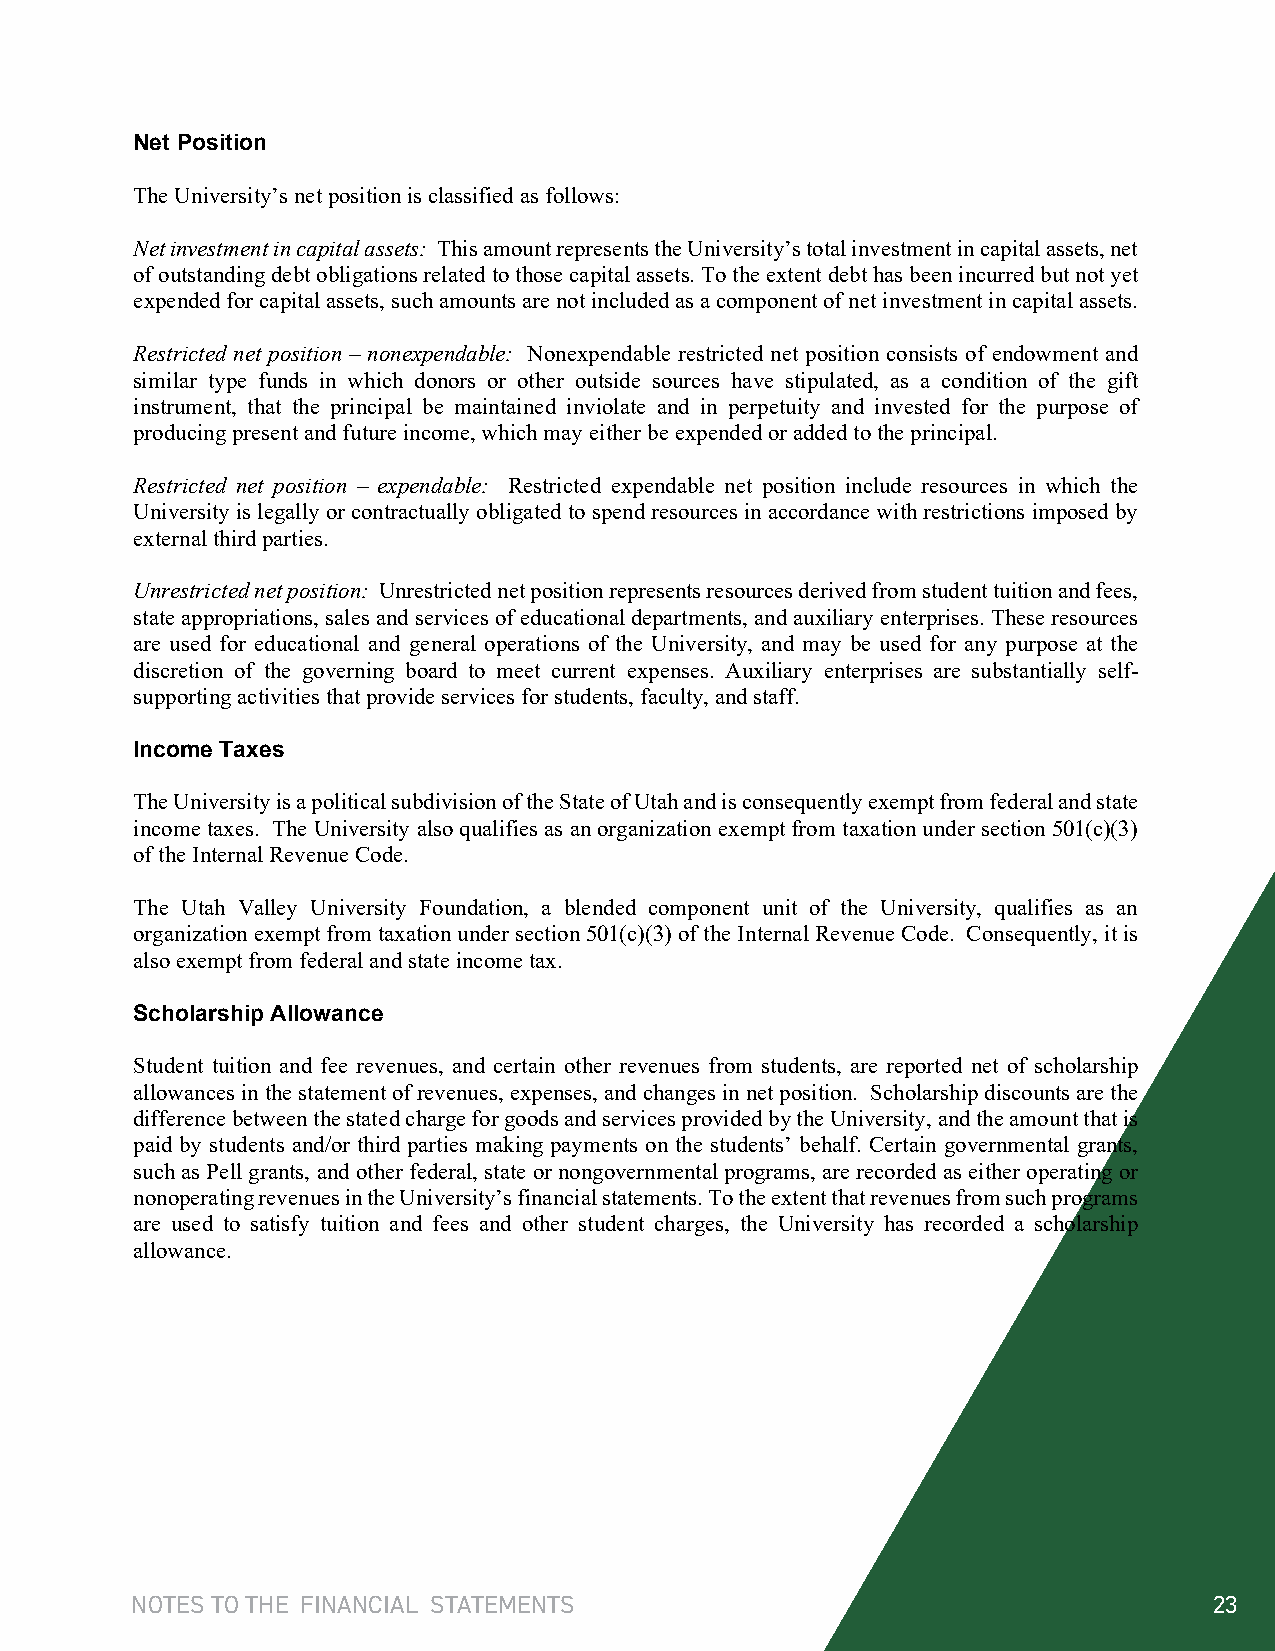
Net Position
 The University’s net position is classified as follows:
 Net investment in capital assets: This amount represents the University’s total investment in capital assets, net
 of outstanding debt obligations related to those capital assets. To the extent debt has been incurred but not yet
 expended for capital assets, such amounts are not included as a component of net investment in capital assets.
 Restricted net position – nonexpendable: Nonexpendable restricted net position consists of endowment and
 similar type funds in which donors or other outside sources have stipulated, as a condition of the gift
 instrument, that the principal be maintained inviolate and in perpetuity and invested for the purpose of
 producing present and future income, which may either be expended or added to the principal.
 Restricted net position – expendable: Restricted expendable net position include resources in which the
 University is legally or contractually obligated to spend resources in accordance with restrictions imposed by
 external third parties.
 Unrestricted net position: Unrestricted net position represents resources derived from student tuition and fees,
 state appropriations, sales and services of educational departments, and auxiliary enterprises. These resources
 are used for educational and general operations of the University, and may be used for any purpose at the
 discretion of the governing board to meet current expenses. Auxiliary enterprises are substantially self-
 supporting activities that provide services for students, faculty, and staff.
 Income Taxes
 The University is a political subdivision of the State of Utah and is consequently exempt from federal and state
 income taxes. The University also qualifies as an organization exempt from taxation under section 501(c)(3)
 of the Internal Revenue Code.
 The Utah Valley University Foundation, a blended component unit of the University, qualifies as an
 organization exempt from taxation under section 501(c)(3) of the Internal Revenue Code. Consequently, it is
 also exempt from federal and state income tax.
 Scholarship Allowance
 Student tuition and fee revenues, and certain other revenues from students, are reported net of scholarship
 allowances in the statement of revenues, expenses, and changes in net position. Scholarship discounts are the
 difference between the stated charge for goods and services provided by the University, and the amount that is
 paid by students and/or third parties making payments on the students’ behalf. Certain governmental grants,
 such as Pell grants, and other federal, state or nongovernmental programs, are recorded as either operating or
 nonoperating revenues in the University’s financial statements. To the extent that revenues from such programs
 are used to satisfy tuition and fees and other student charges, the University has recorded a scholarship
 allowance.
 NOTES TO THE FINANCIAL STATEMENTS                                      23